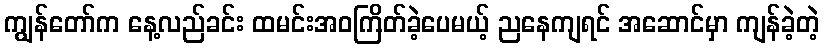
ကျွန်တော်က နေ့လည်ခင်း ထမင်းအဝကြိတ်ခဲ့ပေမယ့် ညနေကျရင် အဆောင်မှာ ကျန်ခဲ့တဲ့